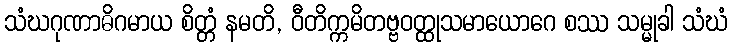
သံဃဂုဏာဓိဂမာယ စိတ္တံ နမတိ, ဝီတိက္ကမိတဗ္ဗဝတ္ထုသမာယောဂေ စဿ သမ္မုခါ သံဃံ